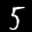
Label: 5